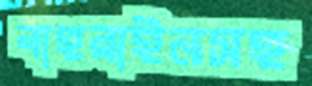
বাহরাইনসহ